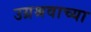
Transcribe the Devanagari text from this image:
उग्रश्रवाच्या